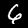
Label: 6